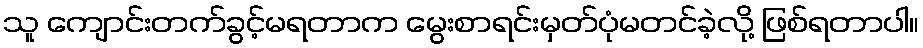
သူ ကျောင်းတက်ခွင့်မရတာက မွေးစာရင်းမှတ်ပုံမတင်ခဲ့လို့ ဖြစ်ရတာပါ။